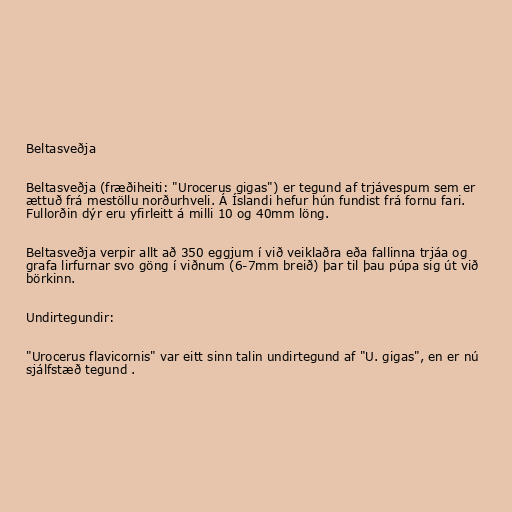
Beltasveðja

Beltasveðja (fræðiheiti: "Urocerus gigas") er tegund af trjávespum sem er
ættuð frá mestöllu norðurhveli. Á Íslandi hefur hún fundist frá fornu fari.
Fullorðin dýr eru yfirleitt á milli 10 og 40mm löng.

Beltasveðja verpir allt að 350 eggjum í við veiklaðra eða fallinna trjáa og
grafa lirfurnar svo göng í viðnum (6-7mm breið) þar til þau púpa sig út við
börkinn.

Undirtegundir:

"Urocerus flavicornis" var eitt sinn talin undirtegund af "U. gigas", en er nú
sjálfstæð tegund .